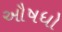
ઔષધો